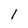
Character: 1